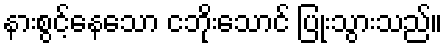
နားစွင့်နေသော ငဘိုးသောင် ပြုံးသွားသည်။